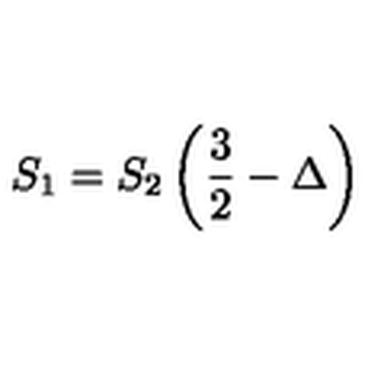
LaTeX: S _ { 1 } = S _ { 2 } \left( \frac { 3 } { 2 } - \Delta \right)